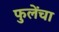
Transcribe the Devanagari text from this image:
फुलेंचा